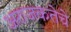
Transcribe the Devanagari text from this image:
अराजकतेचे